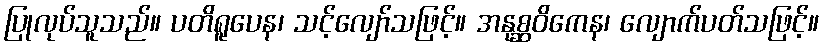
ပြုလုပ်သူသည်။ ပတိရူပေန၊ သင့်လျော်သဖြင့်။ အနုစ္ဆဝိကေန၊ လျောက်ပတ်သဖြင့်။